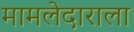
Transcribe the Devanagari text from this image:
मामलेदाराला